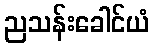
ညသန်းခေါင်ယံ